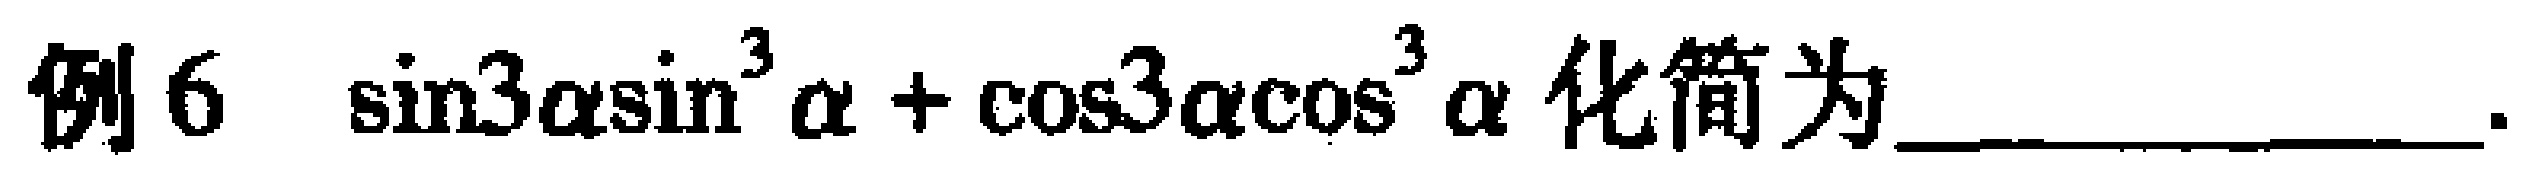
例6 $\sin3\alpha\sin^{3}\alpha+\cos3\alpha\cos^{3}\alpha$ 化简为________________.